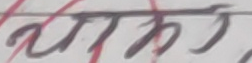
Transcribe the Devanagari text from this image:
थाकेको